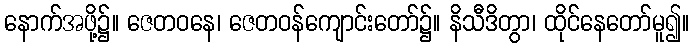
နောက်အဖို့၌။ ဇေတဝနေ၊ ဇေတဝန်ကျောင်းတော်၌။ နိသီဒိတွာ၊ ထိုင်နေတော်မူ၍။